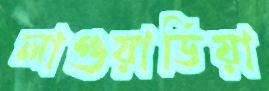
লাগুয়ার্ডিয়া